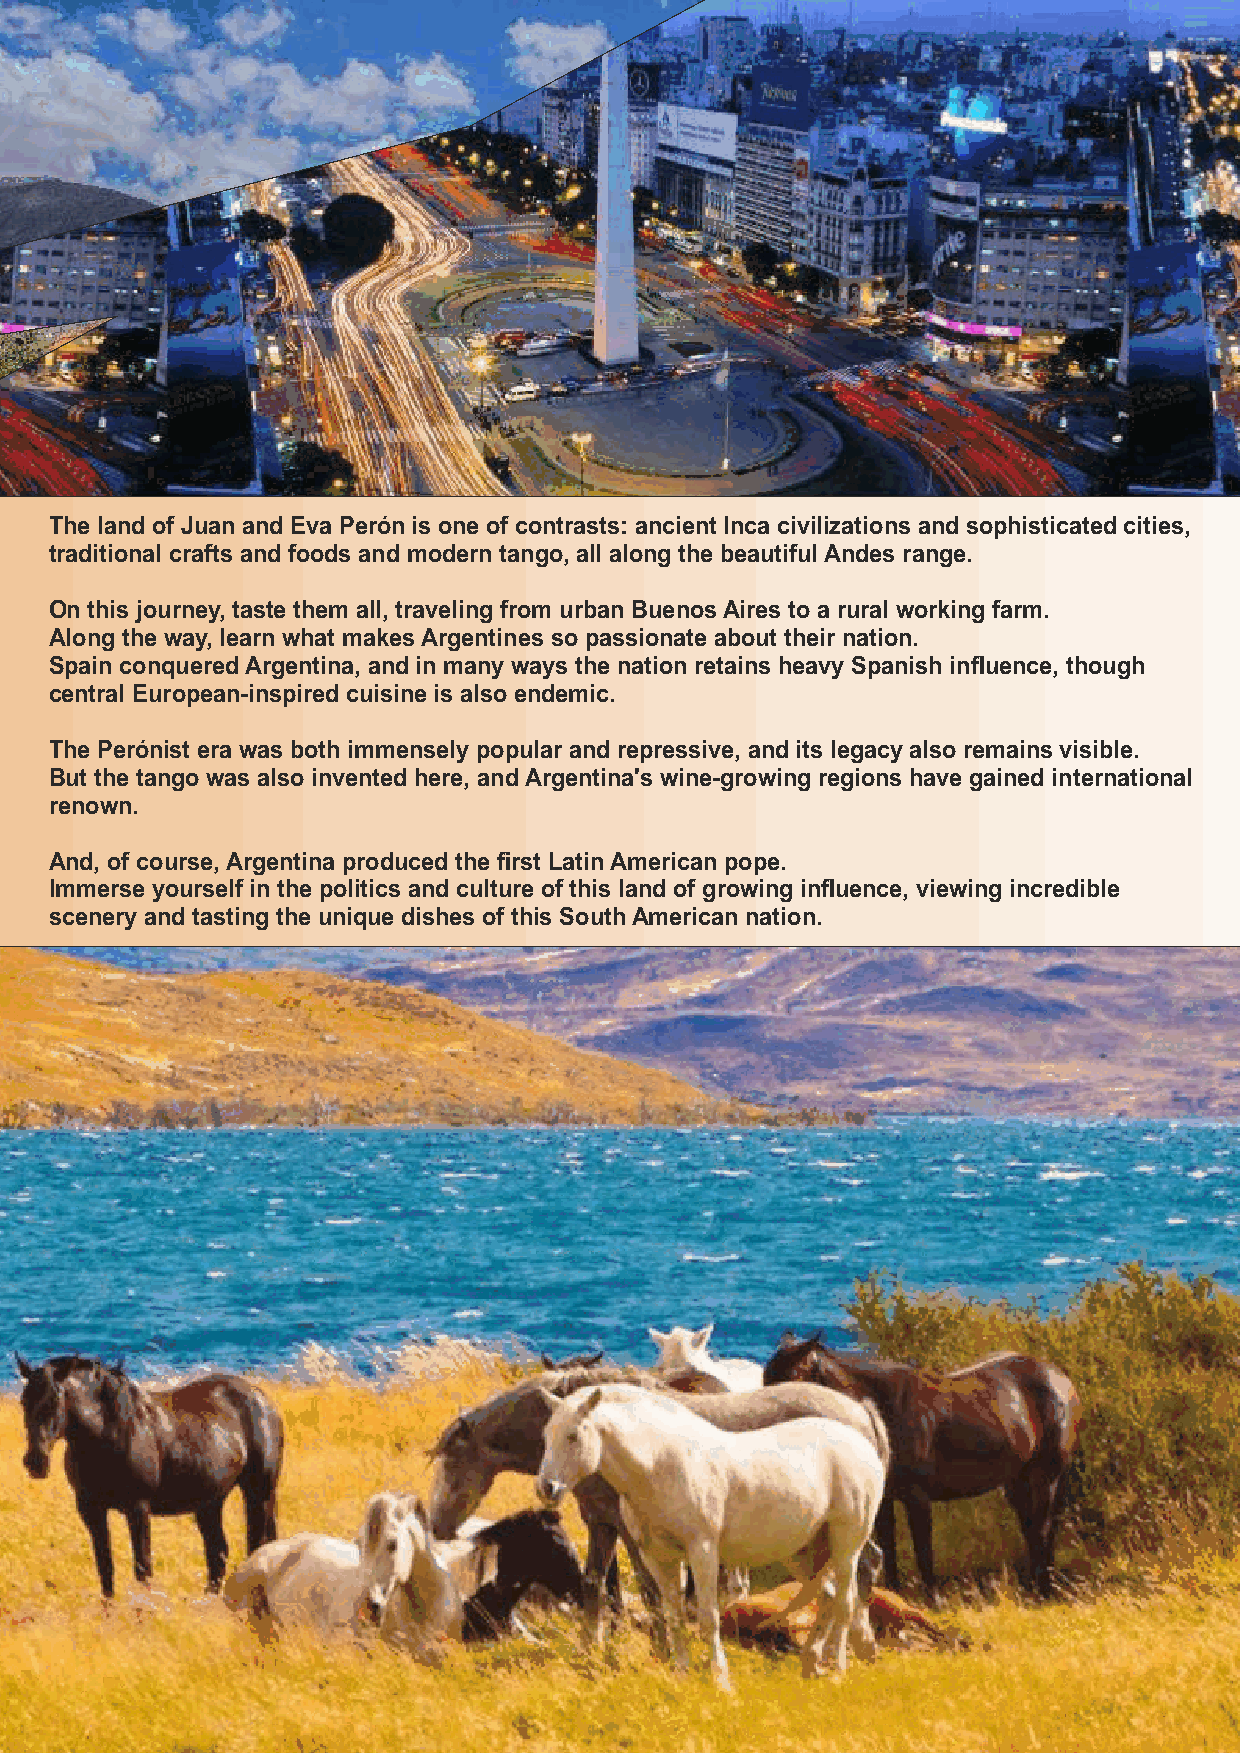
The land of Juan and Eva Perón is one of contrasts: ancient Inca civilizations and sophisticated cities,
 traditional crafts and foods and modern tango, all along the beautiful Andes range.
 On this journey, taste them all, traveling from urban Buenos Aires to a rural working farm.
 Along the way, learn what makes Argentines so passionate about their nation.
 Spain conquered Argentina, and in many ways the nation retains heavy Spanish influence, though
 central European-inspired cuisine is also endemic.
 The Perónist era was both immensely popular and repressive, and its legacy also remains visible.
 But the tango was also invented here, and Argentina's wine-growing regions have gained international
 renown.
 And, of course, Argentina produced the first Latin American pope.
 Immerse yourself in the politics and culture of this land of growing influence, viewing incredible
 scenery and tasting the unique dishes of this South American nation.